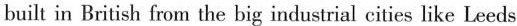
built in British fiom the bigindustrial cities like Leeds